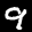
Label: 9